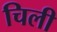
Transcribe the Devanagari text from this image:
चिली